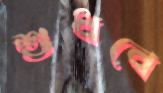
শুধবে